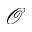
\mathcal { O }